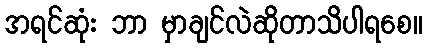
အရင်ဆုံး ဘာ မှာချင်လဲဆိုတာသိပါရစေ။